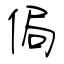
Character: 侷